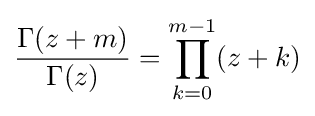
{\frac {\Gamma (z+m)}{\Gamma (z)}}=\prod _{k=0}^{m-1}(z+k)